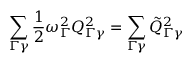
\sum _ { \Gamma \gamma } \frac { 1 } { 2 } \omega _ { \Gamma } ^ { 2 } Q _ { \Gamma \gamma } ^ { 2 } = \sum _ { \Gamma \gamma } { { \tilde { Q } } _ { \Gamma \gamma } } ^ { 2 }